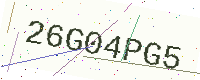
Text: 26G04PG5